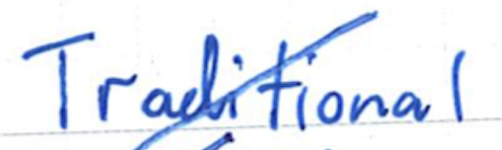
Text: Traditional
Cross-out: diagonal
Writing tool: ballpoint